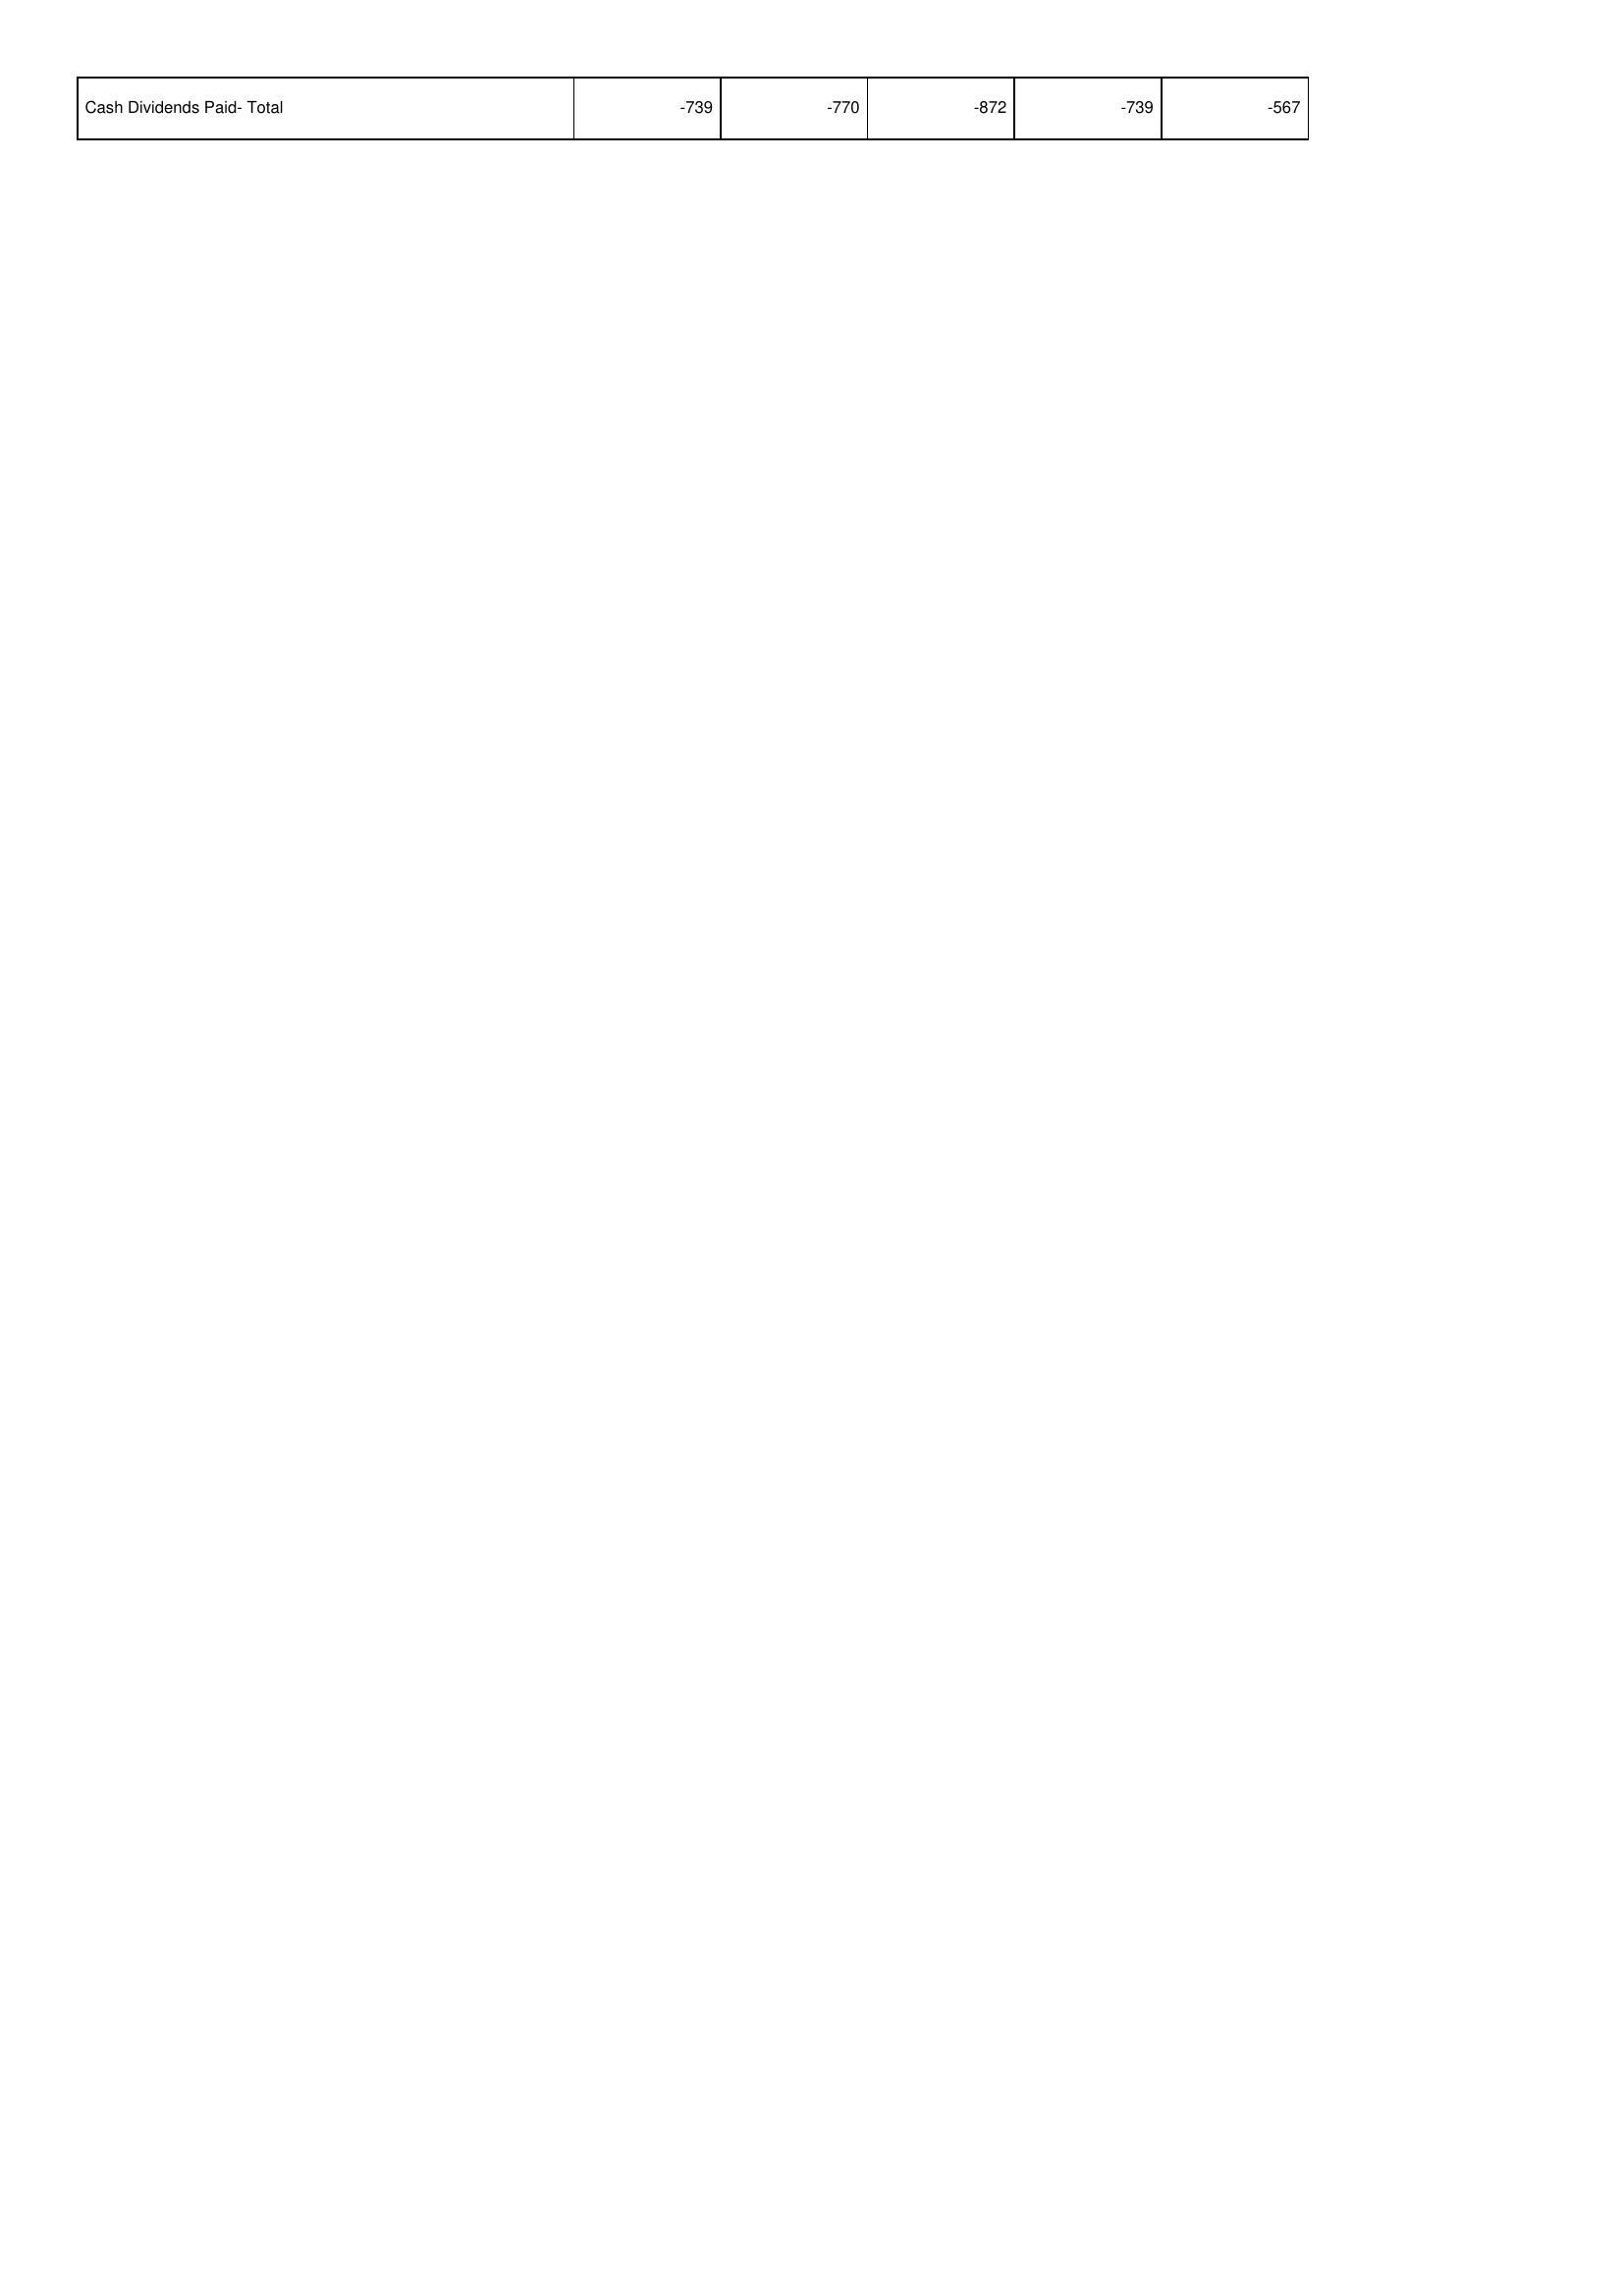
2008: Financing Activities: Cash Dividends Paid- Total: -739
2009: Financing Activities: Cash Dividends Paid- Total: -770
2010: Financing Activities: Cash Dividends Paid- Total: -872
2011: Financing Activities: Cash Dividends Paid- Total: -739
2012: Financing Activities: Cash Dividends Paid- Total: -567